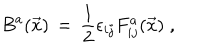
B ^ { a } ( \vec { x } ) \, = \, \frac { 1 } { 2 } \epsilon _ { i j } F _ { i j } ^ { a } ( \vec { x } ) \; ,